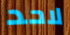
لاحد